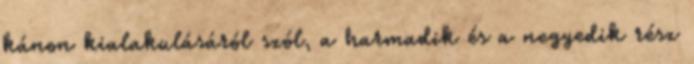
kánon kialakulásáról szól, a harmadik és a negyedik rész